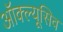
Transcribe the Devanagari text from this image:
ऑक्ल्यूसिव